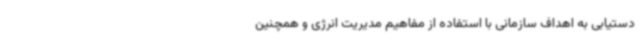
دستیابی به اهداف سازمانی با استفاده از مفاهیم مدیریت انرژی و همچنین